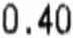
0.40